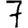
Digit: 7